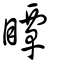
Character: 瞫